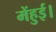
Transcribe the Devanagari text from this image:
मेंहुई।